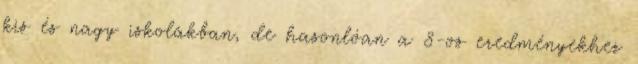
kis és nagy iskolákban, de hasonlóan a 8-os eredményekhez